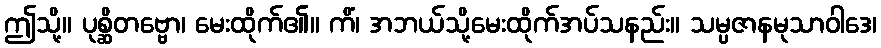
ဤသို့။ ပုစ္ဆိတဗ္ဗော၊ မေးထိုက်၏။ ကိံ၊ အဘယ်သို့မေးထိုက်အပ်သနည်း။ သမ္ပဇာနမုသာဝါဒေ၊